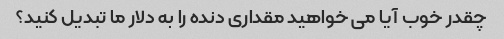
چقدر خوب آیا می خواهید مقداری دنده را به دلار ما تبدیل کنید؟